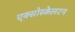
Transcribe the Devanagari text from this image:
एक्सोस्केलटन